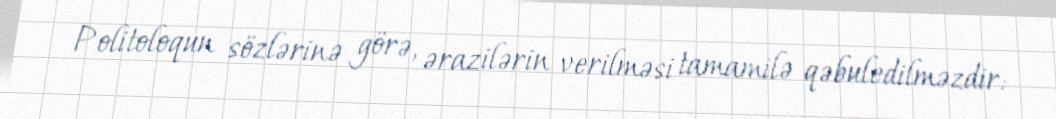
Politoloqun sözlərinə görə, ərazilərin verilməsi tamamilə qəbuledilməzdir: